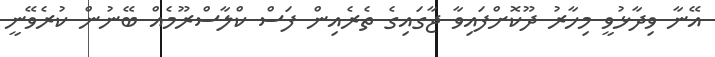
އޭނާ ވިދާޅުވީ މިހާރު ދޫކޮށްފައިވާ ޖާގައިގެ ތެރެއިން ފަސް ކްލާސްރޫމެއް ބޭނުން ކުރެވޭނީ